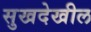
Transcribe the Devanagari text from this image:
सुखदेखील